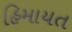
હિમાયત